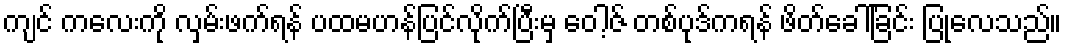
ကျင် ကလေးကို လှမ်းဖက်ရန် ပထမဟန်ပြင်လိုက်ပြီးမှ ဝေါ့ဇ် တစ်ပုဒ်ကရန် ဖိတ်ခေါ်ခြင်း ပြုလေသည်။